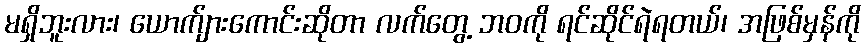
မရှိဘူးလား၊ ယောက်ျားကောင်းဆိုတာ လက်တွေ့ ဘဝကို ရင်ဆိုင်ရဲရတယ်၊ အဖြစ်မှန်ကို